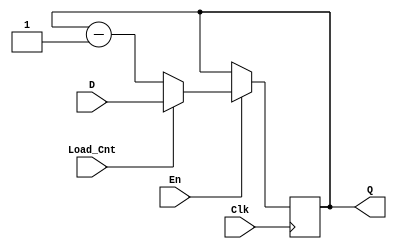
`timescale 1ns / 1ps
//////////////////////////////////////////////////////////////////////////////////
// Company: 
// Engineer: 
// 
// Design Name: 
// Module Name: CNT
// Project Name: 
// Target Devices: 
// Tool Versions: 
// Description: 
// 
// Dependencies: 
// 
// Revision:
// Revision 0.01 - File Created
// Additional Comments:
// 
//////////////////////////////////////////////////////////////////////////////////


 module CNT #(parameter Data_Width = 4)(
    input [Data_Width - 1:0] D,
    input Load_Cnt, En, Clk,
    output reg [Data_Width - 1:0] Q 
);    
    
    
    always @ (posedge Clk)
    begin
        if (En)
        begin
            if (Load_Cnt)
                Q <= D;
            else
            begin
                Q <= Q - 1'b1;
            end
        end
    end
endmodule